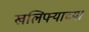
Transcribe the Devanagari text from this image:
खलिफ्याच्या